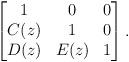
LaTeX: \begin{gather*} \begin{bmatrix} 1&0&0\\ C(z)&1&0\\ D(z)&E(z)&1 \end{bmatrix}.\end{gather*}